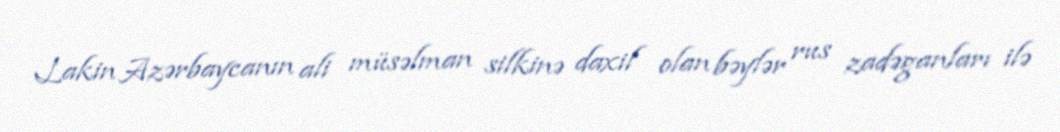
Lakin Azərbaycanın ali müsəlman silkinə daxil olan bəylər rus zadəganları ilə